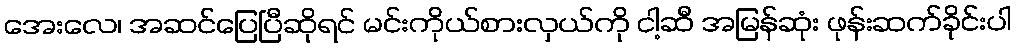
အေးလေ၊ အဆင်ပြေပြီဆိုရင် မင်းကိုယ်စားလှယ်ကို ငါ့ဆီ အမြန်ဆုံး ဖုန်းဆက်ခိုင်းပါ